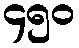
၄၅၀